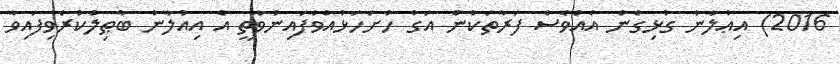
2016) އިޢުލާނާ ގުޅިގެން އެއްވެސް ފަރާތަކުން އަގު ހުށަހަޅުއްވާފައިނުވާތީ އެ އިއުލާން ބާޠިލުކުރެވިފައިވާ